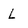
Character: l